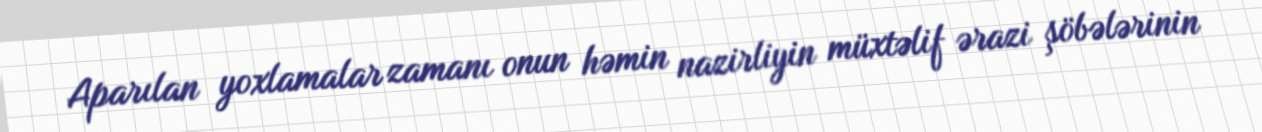
Aparılan yoxlamalar zamanı onun həmin nazirliyin müxtəlif ərazi şöbələrinin